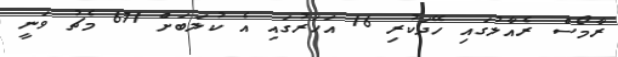
ރާމޯސް ރެއާލުގައި ހޭދަކުރި 16 އަހަރުގައި އެ ކުލަބަށް 671 މެޗު ވަނީ